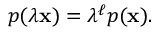
p ( \lambda \mathbf { x } ) = \lambda ^ { \ell } p ( \mathbf { x } ) .